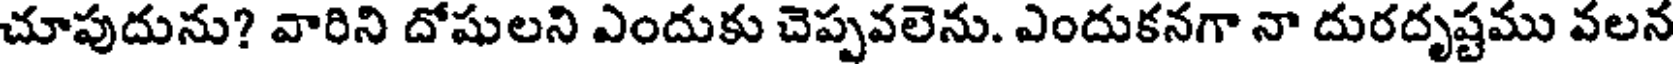
చూపుదును? వారిని దోషులని ఎందుకు చెప్పవలెను. ఎందుకనగా నా దురదృష్టము వలన